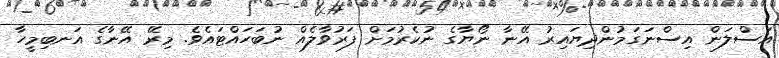
އަސްލަން އިސްނަގަމުންދިޔައިރު އޭނާ ނޯޔާގެ ނުކެރުމަށް ފަރުވާލެއް ނުބަހައްޓައެވެ. މިރޭ އޭނާގެ އަނބިމީހާ